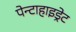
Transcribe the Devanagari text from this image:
पेन्टाहाइड्रेट